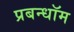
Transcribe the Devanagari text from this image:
प्रबन्धॉम